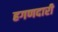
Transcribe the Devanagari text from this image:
हगणदारी